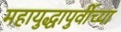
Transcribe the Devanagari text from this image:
महायुद्धापुर्वीच्या